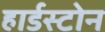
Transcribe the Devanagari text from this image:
हार्डस्टोन